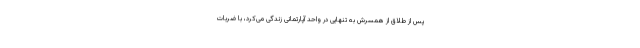
پس از طلاق از همسرش به تنهایی در واحد آپارتمانی زندگی می‌کرد، با ضربات